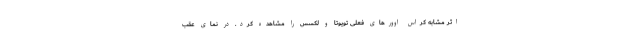
اثر مشابه کراس اوورهای فعلی تویوتا و لکسس را مشاهده کرد. در نمای عقب